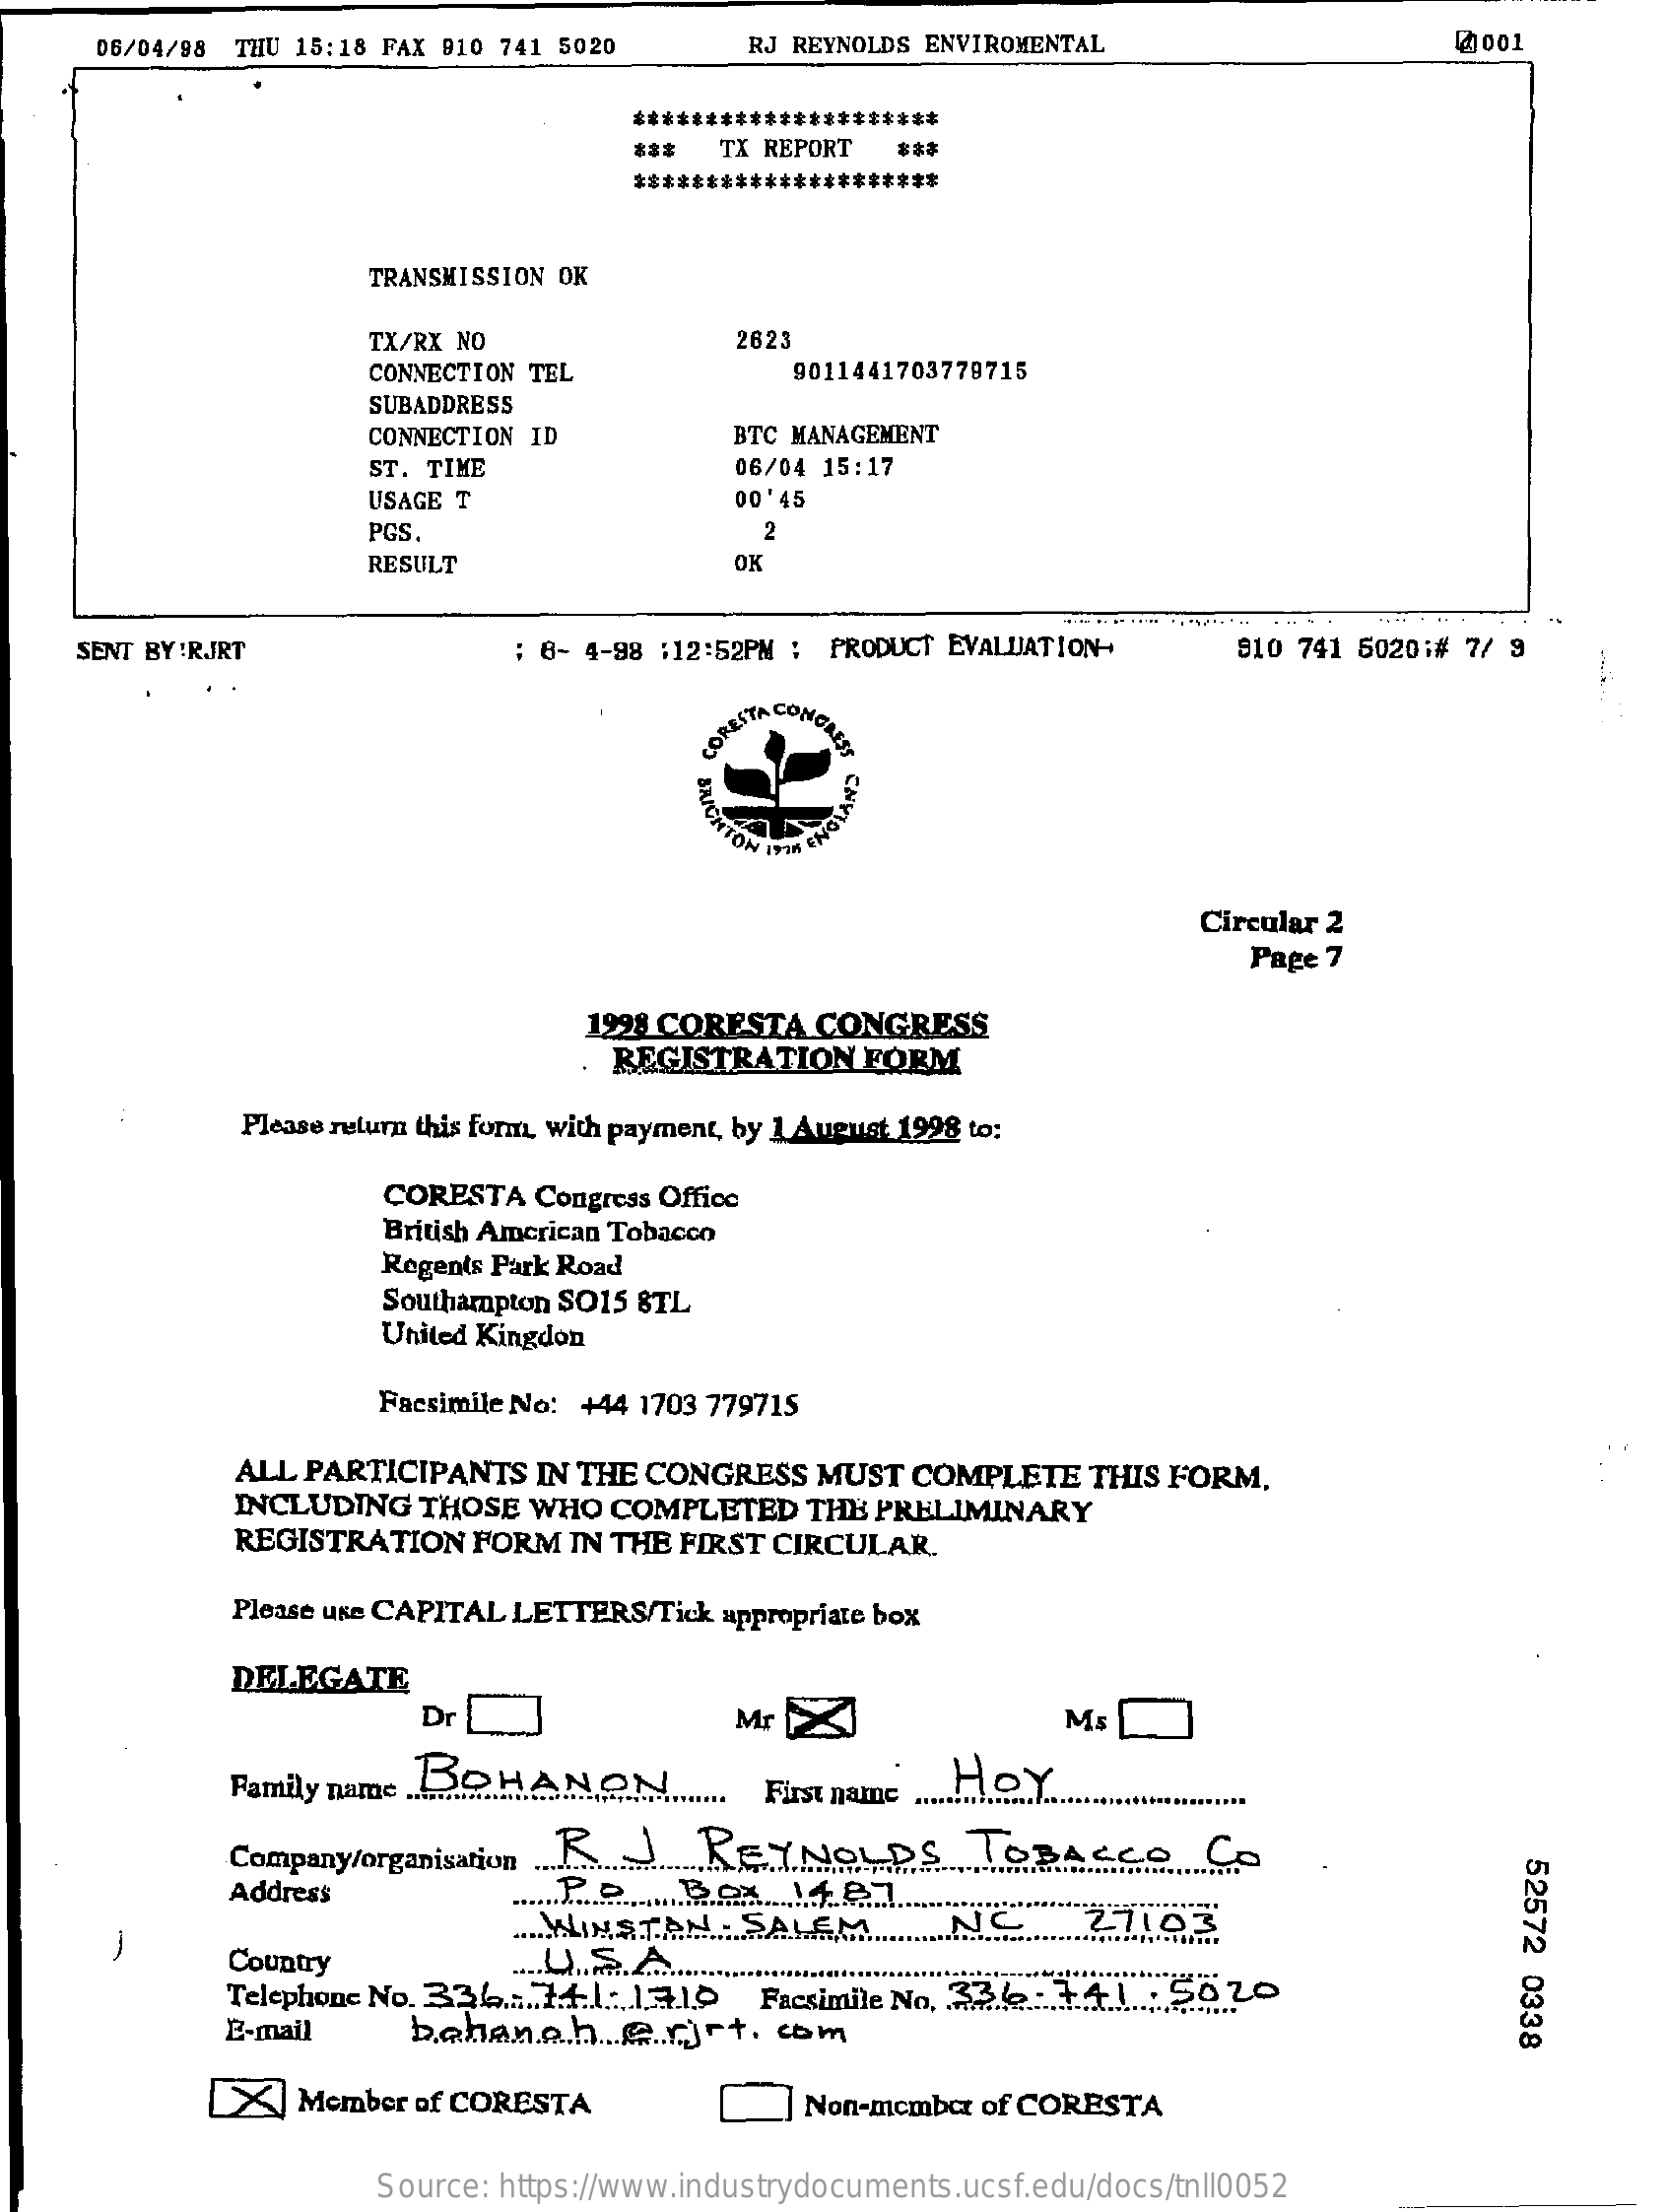
06/04/98 THU 15:18 FAX 910 741 5020 RJ REYNOLDS ENVIROMENTAL @ 001
     *********************
     *** TX REPORT ***
     ******  ********
     TRANSMISSION OK
     TX/RX NO    2623
     CONNECTION TEL   9011441703779715
     SUBADDRESS
     CONNECTION ID  BTC MANAGEMENT
     ST. TIME    06/04 15:17
     USAGE T    00' 45
     PGS.    2
     RESULT    OK
   SENT BY :RJRT    : 6- 4-98 :12:52PM : PRODUCT EVALUATION- 810 741 5020:# 7/ 9
     CORESTA CONCAES
     IPOR
     ENCIAR
     Circular 2
     Page 7
     1298 CORESTA CONGRESS
     REGISTRATION FORM
     Please return this form with payment, by 1 August 1998 to:
     CORESTA Congress Office
     British American Tobacco
     Regents Park Road
     Southampton SO15 8TL
     United Kingdon
     Facsimile No: +44 1703 779715
     ALL PARTICIPANTS IN THE CONGRESS MUST COMPLETE THIS FORM,
     INCLUDING THOSE WHO COMPLETED THE PRELIMINARY
     REGISTRATION FORM IN THE FIRST CIRCULAR.
     Please use CAPITAL LETTERS/Tick appropriate box
     DELEGATE
     Dr    Mr 3    MS
     Family name ......... BOHANON ....... First name ... HOY
     Company/organisation .................. REYNOLDS TOBACCO Co
     52572
     0338
     Address
     ..... MINSTAN SALEMNC.27.95 -
     Telephone No. 336 ..... 14.1. 1.3.1.9 Facsimile No. 37.6. 1.4.1 : 5020
     Country    ....... S.A .....
     E-mail behanah ... e.rjrt. com
     [X] Member of CORESTA   ]Non-member of CORESTA
     Source: https://www.industrydocuments.ucsf.edu/docs/tnll0052